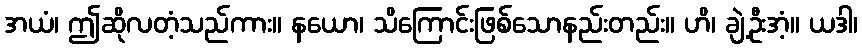
အယံ၊ ဤဆိုလတံ့သည်ကား။ နယော၊ သိကြောင်းဖြစ်သောနည်းတည်း။ ဟိ၊ ချဲ့ဦးအံ့။ ယဒါ၊